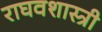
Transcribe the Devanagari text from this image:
राघवशास्त्री